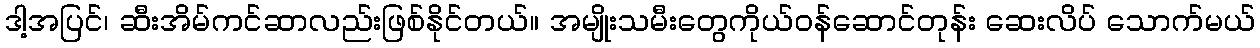
ဒါ့အပြင်၊ ဆီးအိမ်ကင်ဆာလည်းဖြစ်နိုင်တယ်။ အမျိုးသမီးတွေကိုယ်ဝန်ဆောင်တုန်း ဆေးလိပ် သောက်မယ်